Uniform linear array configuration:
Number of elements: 12
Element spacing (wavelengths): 1
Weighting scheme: exponential
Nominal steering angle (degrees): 60
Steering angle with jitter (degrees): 59.783
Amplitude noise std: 0.05
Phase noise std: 0.05

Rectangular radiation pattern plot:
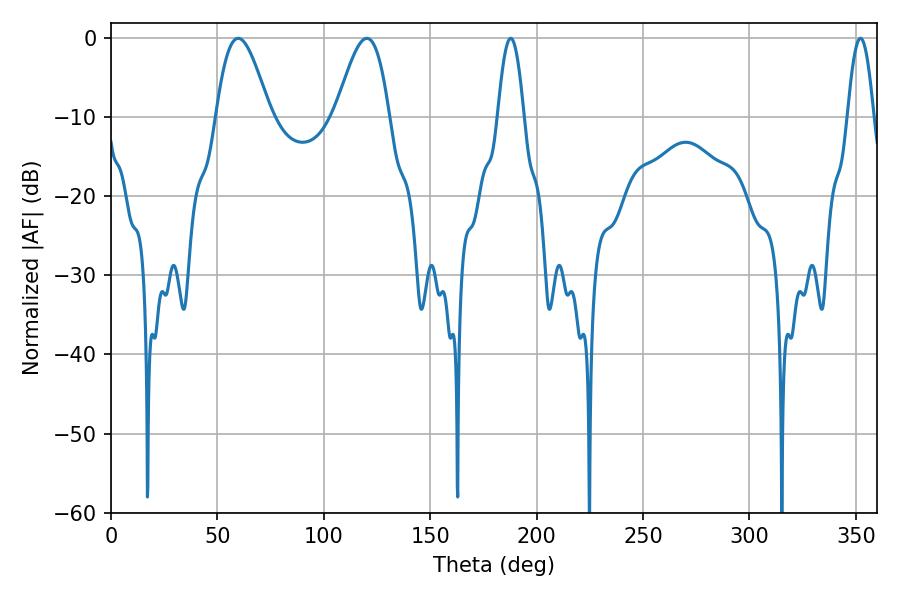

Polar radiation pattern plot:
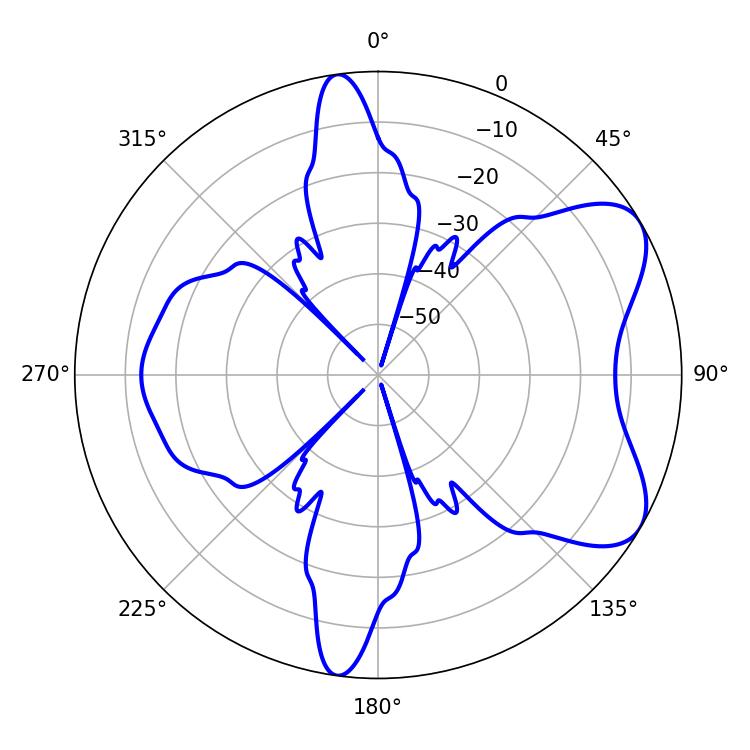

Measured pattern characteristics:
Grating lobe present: TRUE
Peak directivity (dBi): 6.81
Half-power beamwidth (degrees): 13.5
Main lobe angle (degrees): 59.76